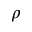
\rho